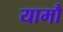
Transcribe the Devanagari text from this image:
यामौ